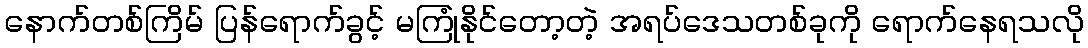
နောက်တစ်ကြိမ် ပြန်ရောက်ခွင့် မကြုံနိုင်တော့တဲ့ အရပ်ဒေသတစ်ခုကို ရောက်နေရသလို